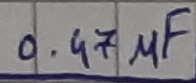
Text: 0.47µF